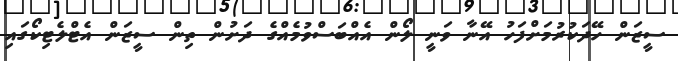
ސީޒަން ހޭދަކުރުމަށްފަހު އޭނާ ވަނީ ލޯން އެއްބަސްވުމެއްގެ ދަށުން ތިން ސީޒަން އެޓްލެޓިކޯގައި